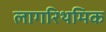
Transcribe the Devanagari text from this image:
लागरिथमिक